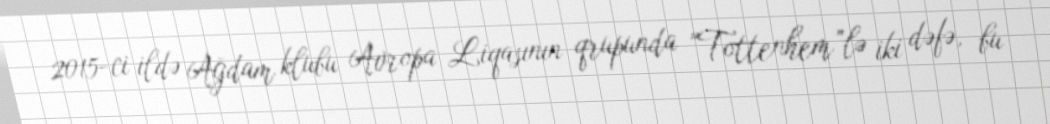
2015-ci ildə Ağdam klubu Avropa Liqasının qrupunda “Tottenhem”lə iki dəfə, bu